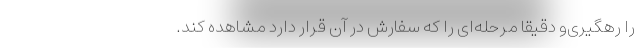
را رهگیری‌و دقیقا مرحله‌ای را که سفارش در آن قرار دارد مشاهده کند.